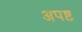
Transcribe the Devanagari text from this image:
अपष्ट